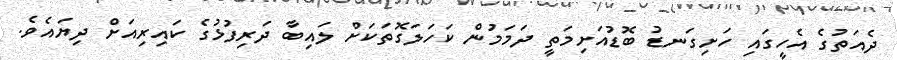
ދެއަތުގެ އެހީގައި ހަށިގަނޑު ބޮޑުއަށިމަތީ ދަމަމުން ކަހަލަގޮތަކަށް ލައިބާ ދަރިފުޅުގެ ކައިރިއަށް ދިޔައެވެ.